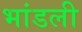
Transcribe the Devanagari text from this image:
भांडली